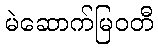
မဲဆောက်မြဝတီ